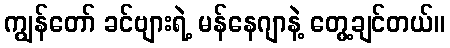
ကျွန်တော် ခင်ဗျားရဲ့ မန်နေဂျာနဲ့ တွေ့ချင်တယ်။